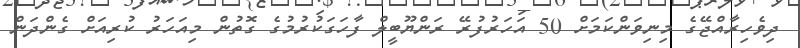
ދިވެހިރާއްޖޭގެ މިނިވަންކަމަށް 50 އަހަރުފުރޭ ރަންޔޫބީލް ފާހަގަކުރުމުގެ ގޮތުން މިއަހަރު ކުރިއަށް ގެންދަން